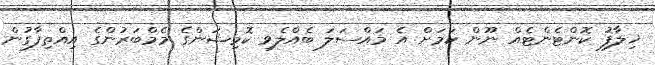
ޚިލާފު ކޮންޓެންޓެއް ނޫން ކަމަށް އެ މައްސަލަ ބެއްލެވި ކޮމިޝަންގެ މެމްބަރުންގެ އިއްތިފާގުން